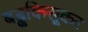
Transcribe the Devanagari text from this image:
बड्ढकिसूकर